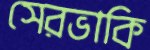
সেরভাকি